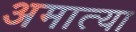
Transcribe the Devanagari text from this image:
अमात्या